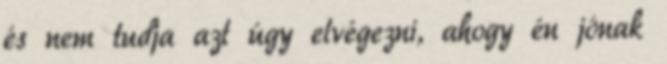
és nem tudja azt úgy elvégezni, ahogy én jónak